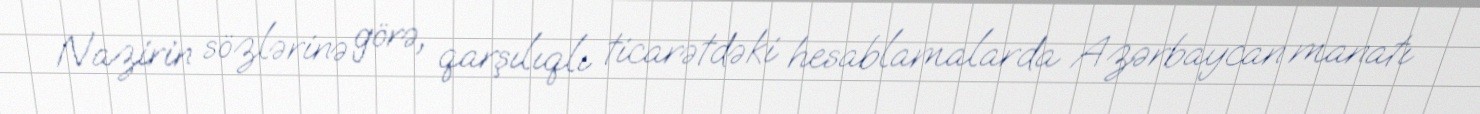
Nazirin sözlərinə görə, qarşılıqlı ticarətdəki hesablamalarda Azərbaycan manatı